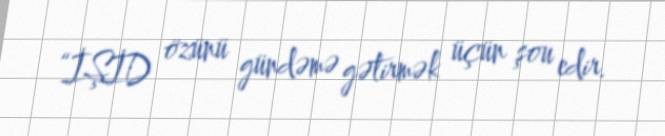
“İŞİD özünü gündəmə gətirmək üçün şou edir.